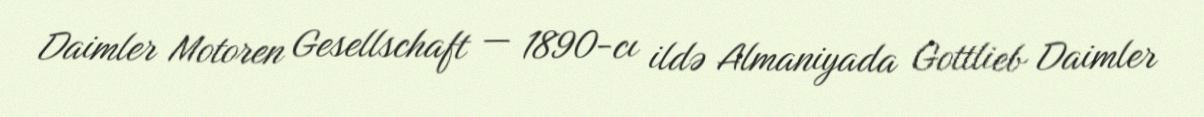
Daimler Motoren Gesellschaft — 1890-cı ildə Almaniyada Gottlieb Daimler